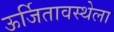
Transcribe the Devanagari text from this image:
ऊर्जितावस्थेला